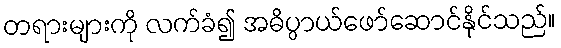
တရားများကို လက်ခံ၍ အဓိပ္ပာယ်ဖော်ဆောင်နိုင်သည်။